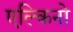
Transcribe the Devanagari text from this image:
एल्किनो